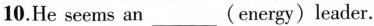
10.He seems an___(energy)leader.